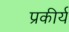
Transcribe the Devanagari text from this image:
प्रकीर्य